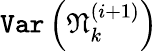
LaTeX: \texttt{Var}\left(\mathfrak{N}_{k}^{(i+1)}\right)